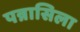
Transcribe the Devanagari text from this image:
पन्नासिला